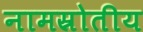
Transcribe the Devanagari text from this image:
नामस्रोतीय